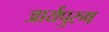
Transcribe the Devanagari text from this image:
आर्यपुरुष